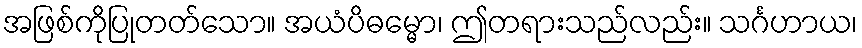
အဖြစ်ကိုပြုတတ်သော။ အယံပိဓမ္မော၊ ဤတရားသည်လည်း။ သင်္ဂဟာယ၊